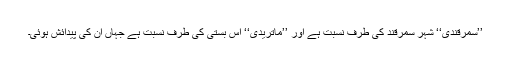
’’سمرقندی‘‘ شہرِ سمرقند کی طرف نسبت ہے اور ’’ماتریدی‘‘ اُس بستی کی طرف نسبت ہے جہاں ان کی پیدائش ہوئی۔